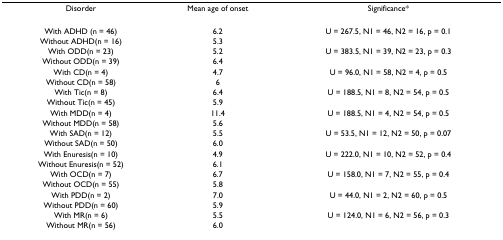
| Disorder | Mean age of onset | Significance* |
 | --- | --- | --- |
 | With ADHD (n = 46) | 6.2 | U = 267.5, N1 = 46, N2 = 16, p = 0.1 |
 | Without ADHD(n = 16) | 5.3 |  |
 | With ODD(n = 23) | 5.2 | U = 383.5, N1 = 39, N2 = 23, p = 0.3 |
 | Without ODD(n = 39) | 6.4 |  |
 | With CD(n = 4) | 4.7 | U = 96.0, N1 = 58, N2 = 4, p = 0.5 |
 | Without CD(n = 58) | 6 |  |
 | With Tic(n = 8) | 6.4 | U = 188.5, N1 = 8, N2 = 54, p = 0.5 |
 | Without Tic(n = 45) | 5.9 |  |
 | With MDD(n = 4) | 11.4 | U = 188.5, N1 = 4, N2 = 54, p = 0.5 |
 | Without MDD(n = 58) | 5.6 |  |
 | With SAD(n = 12) | 5.5 | U = 53.5, N1 = 12, N2 = 50, p = 0.07 |
 | Without SAD(n = 50) | 6.0 |  |
 | With Enuresis(n = 10) | 4.9 | U = 222.0, N1 = 10, N2 = 52, p = 0.4 |
 | Without Enuresis(n = 52) | 6.1 |  |
 | With OCD(n = 7) | 6.7 | U = 158.0, N1 = 7, N2 = 55, p = 0.4 |
 | Without OCD(n = 55) | 5.8 |  |
 | With PDD(n = 2) | 7.0 | U = 44.0, N1 = 2, N2 = 60, p = 0.5 |
 | Without PDD(n = 60) | 5.9 |  |
 | With MR(n = 6) | 5.5 | U = 124.0, N1 = 6, N2 = 56, p = 0.3 |
 | Without MR(n = 56) | 6.0 |  |